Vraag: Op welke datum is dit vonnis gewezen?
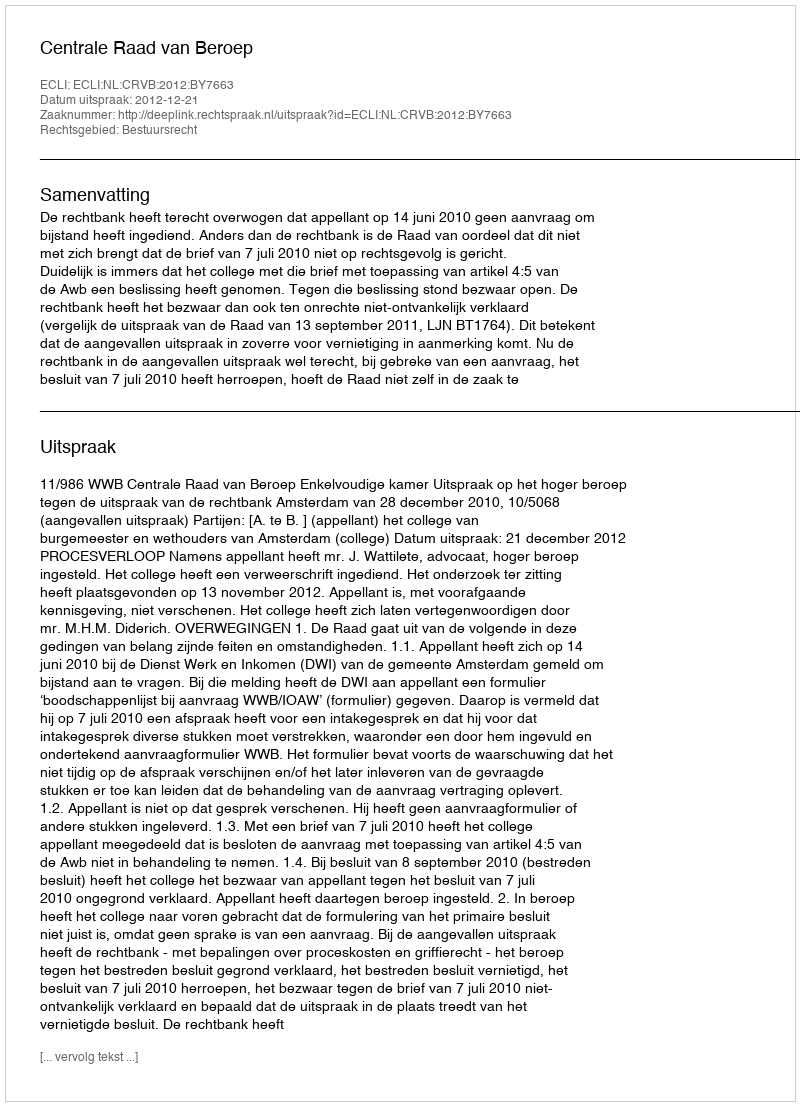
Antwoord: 2012-12-21